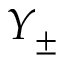
Y _ { \pm }